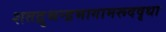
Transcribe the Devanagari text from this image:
शतद्रुश्चन्द्रभागामरूदवृधा